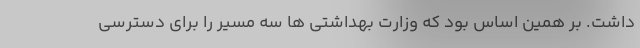
داشت. بر همین اساس بود که وزارت بهداشتی ها سه مسیر را برای دسترسی